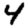
Digit: 4